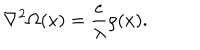
{ \bf \nabla } ^ { 2 } \Omega ( x ) = \frac { e } { \lambda } \rho ( x ) .